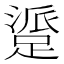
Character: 𬧁